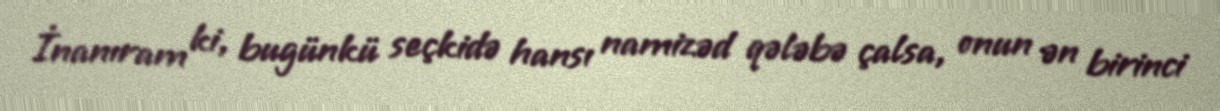
İnanıram ki, bugünkü seçkidə hansı namizəd qələbə çalsa, onun ən birinci